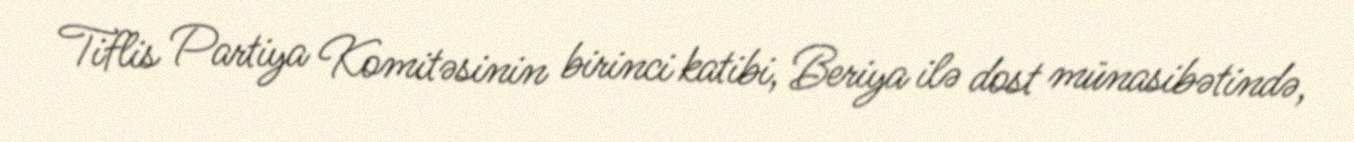
Tiflis Partiya Komitəsinin birinci katibi, Beriya ilə dost münasibətində,